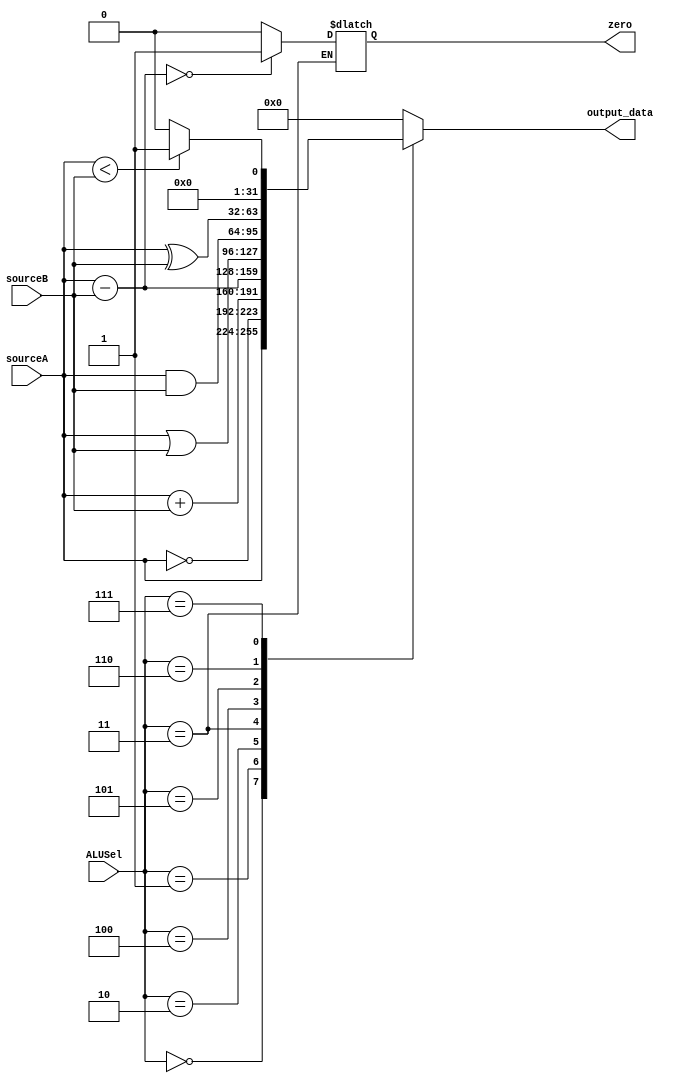
`timescale 1ns / 1ps

// Main ALU
module myALU(output_data, zero, sourceA, sourceB, ALUSel);
  parameter word_size = 32;

  // inputs
  input [word_size-1:0] sourceA, sourceB;
  input [3:0] ALUSel;

  // outputs
  output reg [word_size-1:0] output_data;
  output reg zero;

  // if any input changes, update output
  always @(sourceA, sourceB, ALUSel) begin
    // operation depends on ALUSel input
    case (ALUSel)
      4'h0: output_data = sourceA;
      4'h1: output_data = ~sourceA;
      4'h2: output_data = sourceA + sourceB;
      4'h3: begin
        output_data = sourceA - sourceB;
        if ((sourceA - sourceB) == 0) begin
          zero = 1;
        end
        else begin
          zero = 0;
        end
      end
      4'h4: output_data = sourceA | sourceB;
      4'h5: output_data = sourceA & sourceB;
      4'h6: output_data = sourceA ^ sourceB;
      4'h7: output_data = ($signed(sourceA) < $signed(sourceB))? 1 : 0;
      default: output_data = 0;
    endcase
  end
endmodule